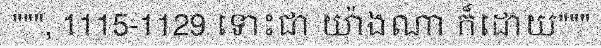
""", 1115-1129 ទោះជា យ៉ាងណា ក៏ដោយ"""